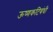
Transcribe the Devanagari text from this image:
ऊष्णकटिबंधी